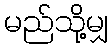
မည်သို့မျှ